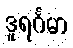
ဒူရင်္ဂမာ